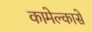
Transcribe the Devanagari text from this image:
कामेल्कासे